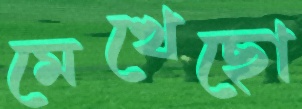
মেখেছো